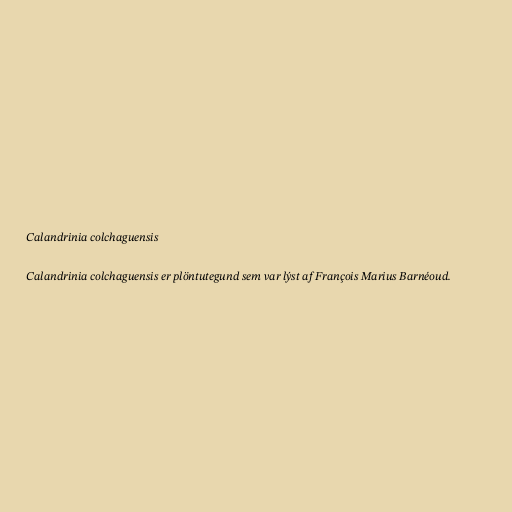
Calandrinia colchaguensis

Calandrinia colchaguensis er plöntutegund sem var lýst af François Marius Barnéoud.